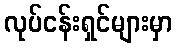
လုပ်ငန်းရှင်များမှာ